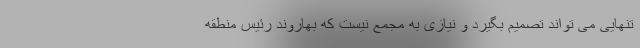
تنهایی می تواند تصمیم بگیرد و نیازی به مجمع نیست که بهاروند رئیس منطقه